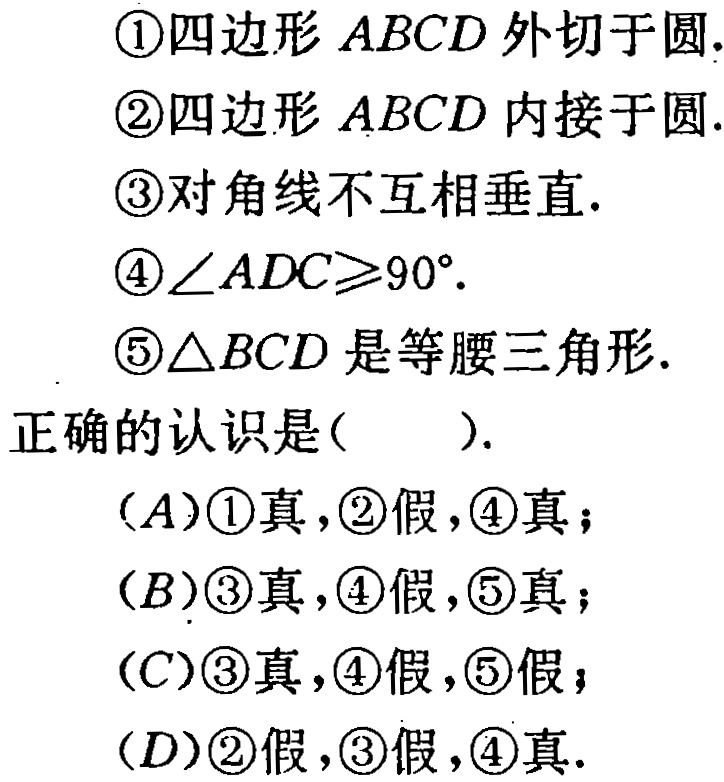
\textcircled{1}四边形 \(ABCD\) 外切于圆.
\textcircled{2}四边形 \(ABCD\) 内接于圆.
\textcircled{3}对角线不互相垂直.
\textcircled{4}\(\angle ADC\geqslant90^{\circ}\).
\textcircled{5}\(\triangle BCD\) 是等腰三角形.
正确的认识是( ).
(A)\textcircled{1}真,\textcircled{2}假,\textcircled{4}真；
(B)\textcircled{3}真,\textcircled{4}假,\textcircled{5}真；
(C)\textcircled{3}真,\textcircled{4}假,\textcircled{5}假；
(D)\textcircled{2}假,\textcircled{3}假,\textcircled{4}真.